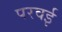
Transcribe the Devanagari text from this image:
परवई